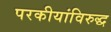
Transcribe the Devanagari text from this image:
परकीयांविरुद्ध